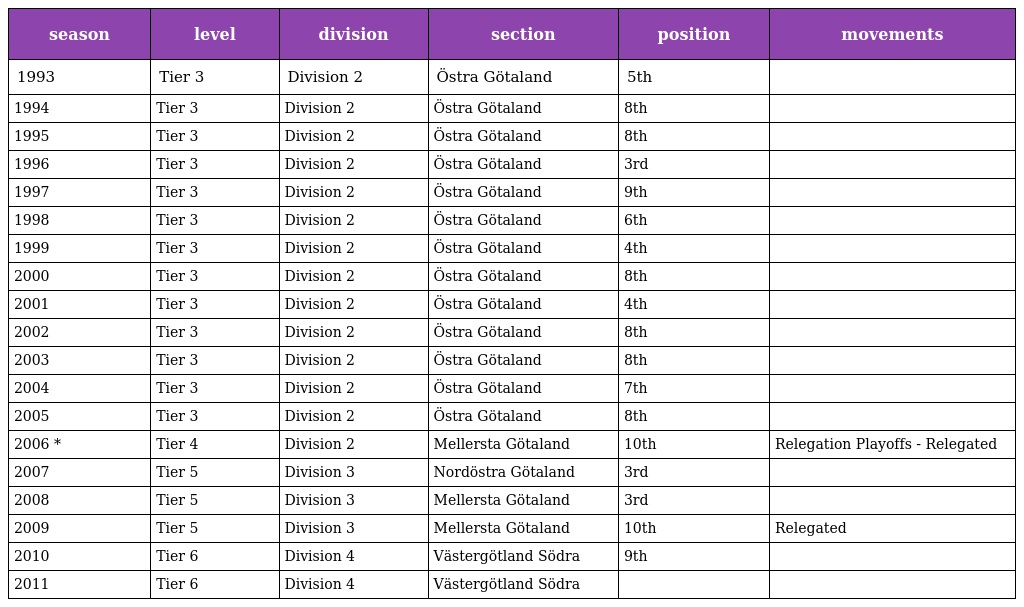
| season | level | division | section | position | movements |
 | --- | --- | --- | --- | --- | --- |
 | 1993 | Tier 3 | Division 2 | Östra Götaland | 5th |  |
 | 1994 | Tier 3 | Division 2 | Östra Götaland | 8th |  |
 | 1995 | Tier 3 | Division 2 | Östra Götaland | 8th |  |
 | 1996 | Tier 3 | Division 2 | Östra Götaland | 3rd |  |
 | 1997 | Tier 3 | Division 2 | Östra Götaland | 9th |  |
 | 1998 | Tier 3 | Division 2 | Östra Götaland | 6th |  |
 | 1999 | Tier 3 | Division 2 | Östra Götaland | 4th |  |
 | 2000 | Tier 3 | Division 2 | Östra Götaland | 8th |  |
 | 2001 | Tier 3 | Division 2 | Östra Götaland | 4th |  |
 | 2002 | Tier 3 | Division 2 | Östra Götaland | 8th |  |
 | 2003 | Tier 3 | Division 2 | Östra Götaland | 8th |  |
 | 2004 | Tier 3 | Division 2 | Östra Götaland | 7th |  |
 | 2005 | Tier 3 | Division 2 | Östra Götaland | 8th |  |
 | 2006 * | Tier 4 | Division 2 | Mellersta Götaland | 10th | Relegation Playoffs - Relegated |
 | 2007 | Tier 5 | Division 3 | Nordöstra Götaland | 3rd |  |
 | 2008 | Tier 5 | Division 3 | Mellersta Götaland | 3rd |  |
 | 2009 | Tier 5 | Division 3 | Mellersta Götaland | 10th | Relegated |
 | 2010 | Tier 6 | Division 4 | Västergötland Södra | 9th |  |
 | 2011 | Tier 6 | Division 4 | Västergötland Södra |  |  |